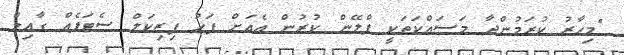
"މިހާރު ކުރަމުންދާ މަސައްކަތަކީ ޕްލޭން ކުރުން އެއަށް ފަހު ފިޒިކަލް ސެޓަޕެއް ގާއިމް